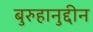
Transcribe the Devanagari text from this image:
बुरुहानुद्दीन